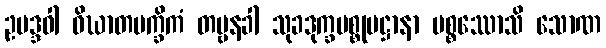
ဥပဒ္ဒဝါ ဝိဃာတပက္ခိကံ တမ္ဗနခါ သုခဒုက္ခပစ္စုပဋ္ဌာနာ ပစ္စဿောသိ သောဏ